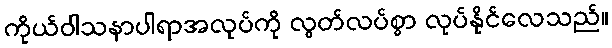
ကိုယ်ဝါသနာပါရာအလုပ်ကို လွတ်လပ်စွာ လုပ်နိုင်လေသည်။